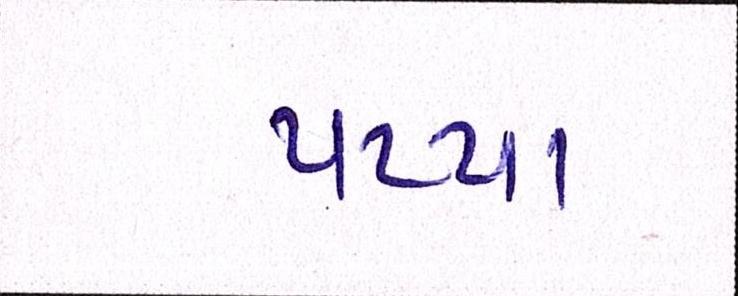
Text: પપ્પા